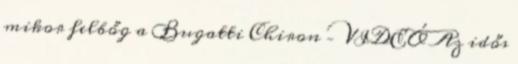
mikor felbőg a Bugatti Chiron – VIDEÓ Az idős